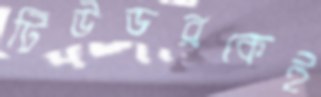
টিউডরকেই